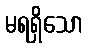
မရရှိသော